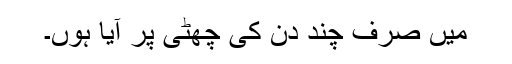
میں صرف چند دن کی چھٹی پر آیا ہوں۔